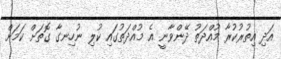
އަދި އިތުރުކުރާ މުއްދަތު ދޭންވާނީ އެ މުއްދަތުގައި ކުލި ނުހިނގާ ގޮތަށް ކަމަށް